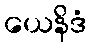
ယေနိဒံ